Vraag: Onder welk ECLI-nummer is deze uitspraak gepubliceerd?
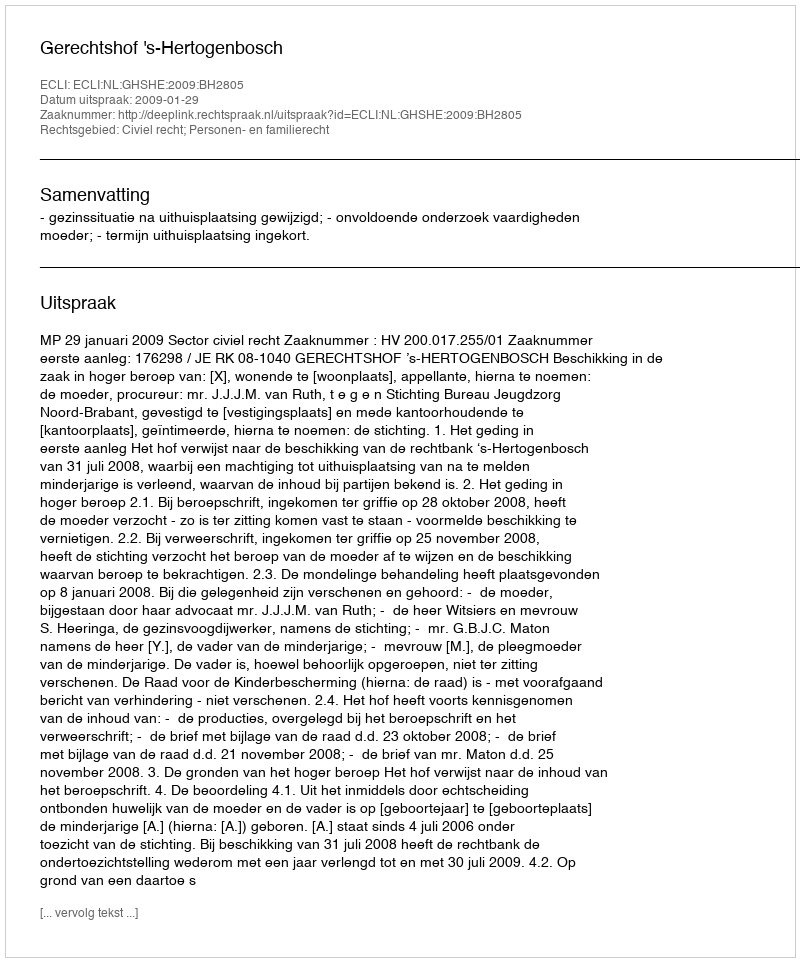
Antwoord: ECLI:NL:GHSHE:2009:BH2805